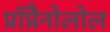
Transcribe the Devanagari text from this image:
प्रॉप्रैनोलोल